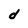
Character: d